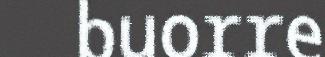
buorre